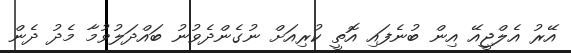
އޭރު އެލްޖީއޭ އިން ބުނެފައި އޮތީ ކުރިއަށް ނުގެންދެވުނު ބައްދަލުވުމާ މެދު ދެން